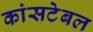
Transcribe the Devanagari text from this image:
कांसटेबल